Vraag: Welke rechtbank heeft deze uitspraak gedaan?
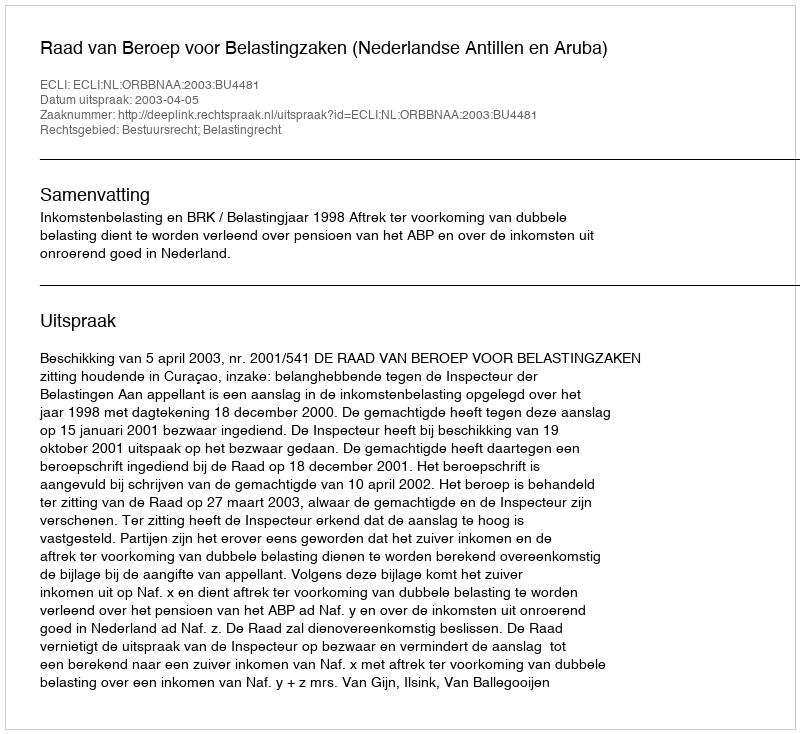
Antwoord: Raad van Beroep voor Belastingzaken (Nederlandse Antillen en Aruba)